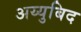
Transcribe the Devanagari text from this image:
अय्युबिद